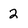
Character: 2